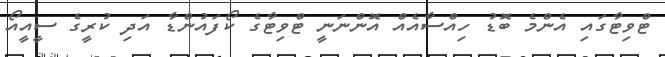
ޓްވިޓާގައި އެންމެ ބޮޑު ހިއްސާއެއް އޮންނަނީ ޓްވިޓާގެ ކޯފައުންޑާ އަދި ކުރީގެ ސީއީއޯ